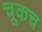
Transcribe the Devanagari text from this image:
चूकच